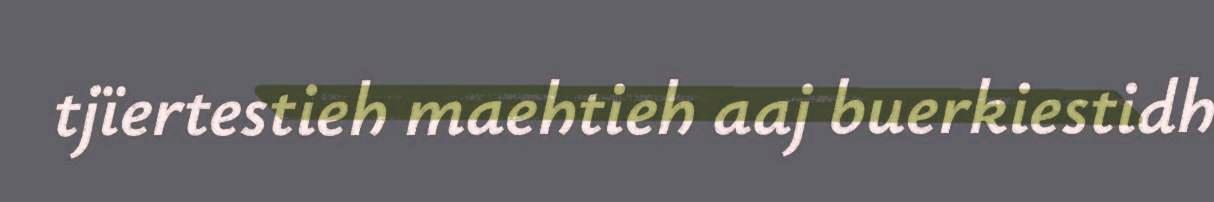
tjïertestieh maehtieh aaj buerkiestidh